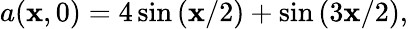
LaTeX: a(\mathbf{x},0)=4\sin\left(\mathbf{x}/2\right)+\sin\left(3\mathbf{x}/2\right),